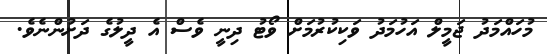
މުހައްމަދު ޖަމީލް އަހުމަދު ވަކިކުރުމަށް ވޯޓު ދިނީ ވެސް އެ ދީލުގެ ދަށުންނެވެ.